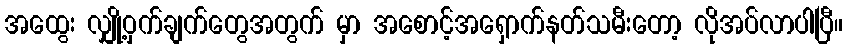
အထွေး လျှို့ဝှက်ချက်တွေအတွက် မှာ အစောင့်အရှောက်နတ်သမီးတော့ လိုအပ်လာပါပြီ။